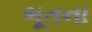
ભૂતના